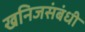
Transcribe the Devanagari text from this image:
खनिजसंबंधी